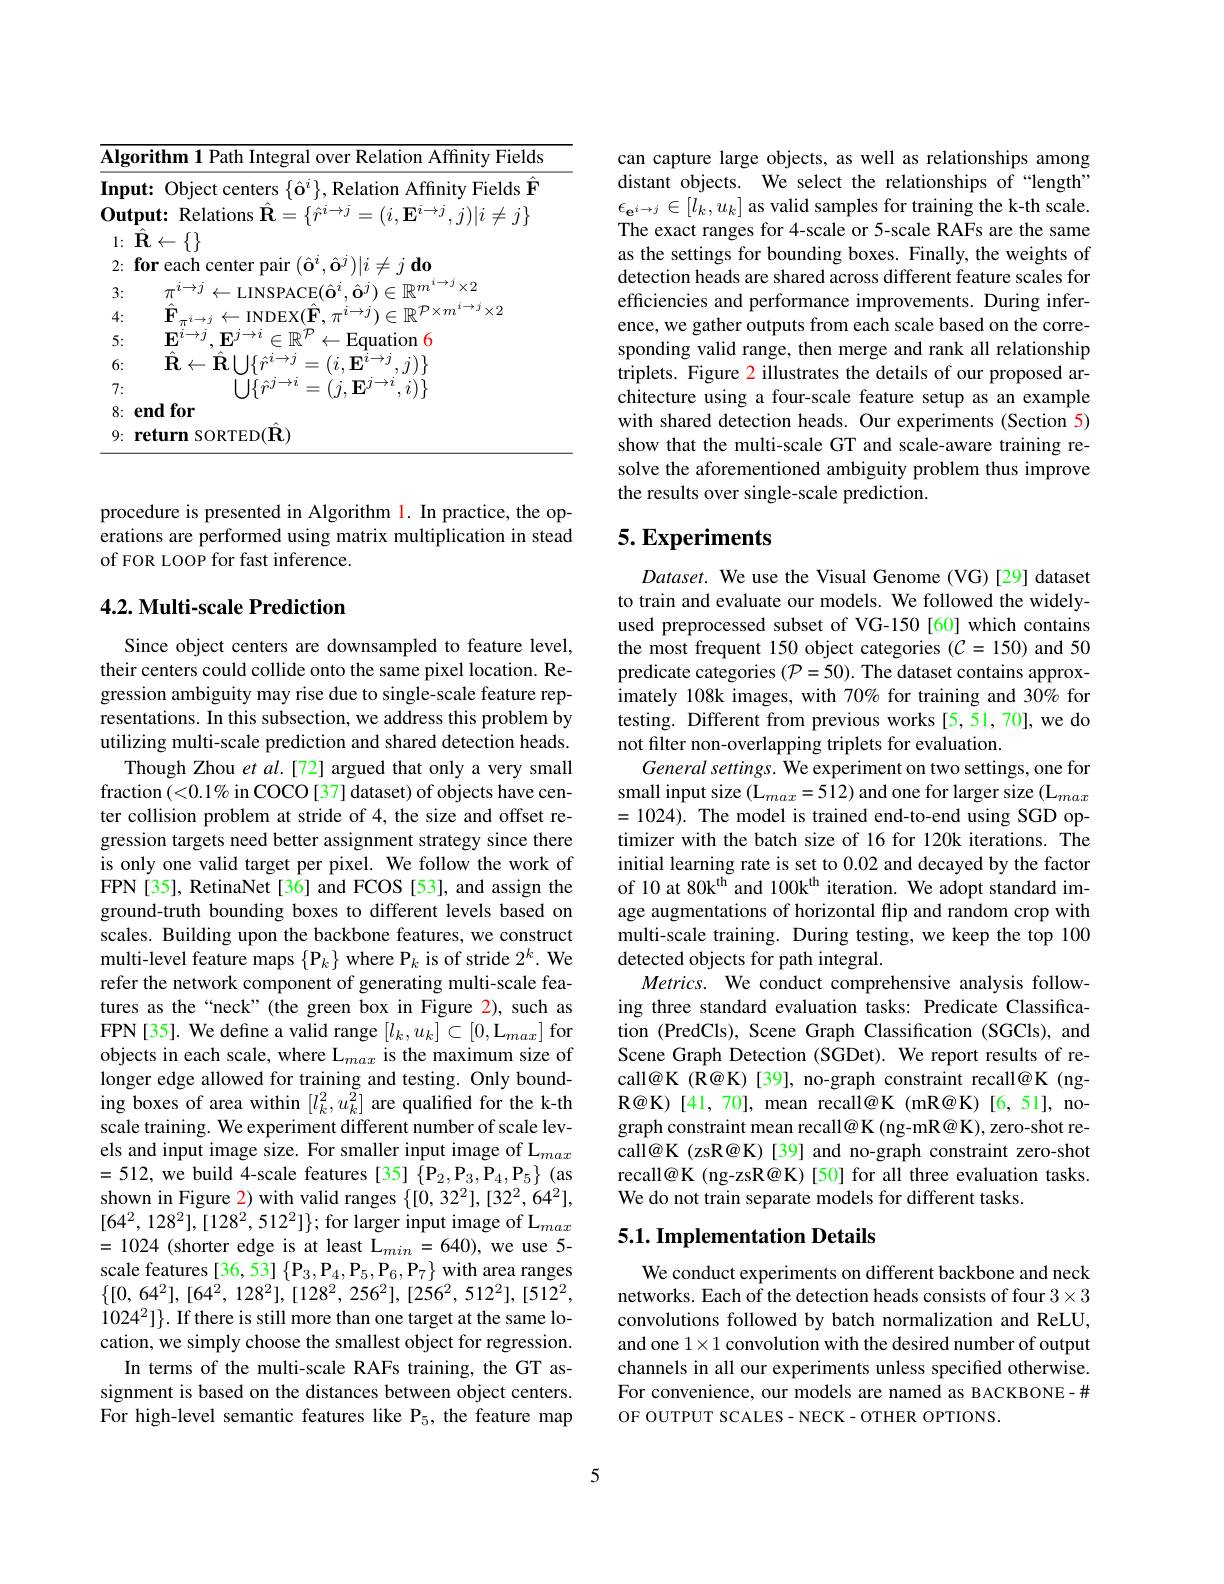
<table>
	<tbody>
		<tr>
			<td>$\overline{\mathbf{A}}$</td>
			<td>$\mathbf{ithm1PathIntegraloverRelationAffinityField}$</td>
		</tr>
		<tr>
			<td>$I_{1}$</td>
			<td>:Object centers 11 $\{ \hat{\mathbf{o} } ^{i}\} . \textbf{Relation Affinitv Fields F}$</td>
		</tr>
		<tr>
			<td>0 </td>
			<td>$\mathbf{ut:~Relations~\hat{R}=\{\hat{r}^{i\to j}=(i,\mathbf{E}^{i\to j},j)|i\neq j\}}$ $\{\leftarrow\{\}$</td>
		</tr>
		<tr>
			<td> </td>
			<td>Tr $\pi^{i\rightarrow j}$ $\leftarrow$LINSPACE$(\hat{\mathbf{O}}^i.\hat{\mathbf{o}}^j)\in\mathbb{R}^m^{i\to j}\times2$</td>
		</tr>
		<tr>
			<td> </td>
			<td>H IND</td>
		</tr>
		<tr>
			<td> </td>
			<td>$\mathbf{F}_{i}^{i\to j}$ $R.$ 2 $1R$ $\leftarrow$ Equation 16 =</td>
		</tr>
		<tr>
			<td> </td>
			<td>$\mathbf{R}\leftarrow\mathbf{R}|$ $,j)\}$</td>
		</tr>
		<tr>
			<td> </td>
			<td>$\left|\int_{\dot{\boldsymbol{r}}}\dot{\boldsymbol{r}}\right|$ $HJ$ $,i)\}$ $\eta$</td>
		</tr>
		<tr>
			<td> </td>
			<td>lfor md</td>
		</tr>
		<tr>
			<td> </td>
			<td>$\operatorname{SORTED}(\hat{\mathbf{R}})$ 1117</td>
		</tr>
	</tbody>
</table>

procedure is presented in Algorithm 1. In practice, the operations are performed using matrix multiplication in stead of FOR LOOP for fast inference.

## 4.2. Multi-scale Prediction

Since object centers are downsampled to feature level, their centers could collide onto the same pixel location. Regression ambiguity may rise due to single-scale feature representations. In this subsection, we address this problem by utilizing multi-scale prediction and shared detection heads.
Though Zhou et al.[72] argued that only a very small fraction $(<0.1\%$ in COCO [37] dataset) of objects have center collision problem at stride of 4, the size and offset regression targets need better assignment strategy since there is only one valid target per pixel. We follow the work of FPN [35], RetinaNet [36] and FCOS [53], and assign the ground-truth bounding boxes to different levels based on scales. Building upon the backbone features, we construct multi-level feature maps $\{\mathbf{P}_k\}$ where P$_k$ is of stride $2^k.$ We refer the network component of generating multi-scale features as the“neck”(the green box in Figure 2), such as FPN[35]. We define a valid range $[l_k,u_k]\subset[0,\mathrm{L}_{max}]$ for objects in each scale, where L$_max$ is the maximum size of longer edge allowed for training and testing. Only bounding boxes of area within $[l_k^2,u_k^2]$ are qualified for the k-th scale training. We experiment different number of scale levels and input image size. For smaller input image of L$_{max}$ =512, we build 4-scale features [35] $\{\mathbf{P}_{2},\mathbf{P}_{3},\mathbf{P}_{4},\mathbf{P}_{5}\}$ (as shown in Figure 2) with valid ranges $\{[0,32^2],[32^2,64^2]$, $[64^{2},128^{2}],[128^{2},512^{2}]\};$for larger input image of L$_max$ =1024 (shorter edge is at least L$_min=640)$, we use 5- scale features [36, 53] $\{\mathbf{P}_3,\mathbf{P}_4,\mathbf{P}_5,\mathbf{P}_6,\mathbf{P}_7\}$ with area ranges $\{ [ 0$, $64^{2}] $, $[ 64^{2}$, $128^{2}] $, $[ 128^{2}$, $256^{2}] $, $[ 256^{2}$, $512^{2}] $, $[ 512^{2}$, $1024^2]\}. If there is still more than one target at the same lo-$ cation, we simply choose the smallest object for regression.
In terms of the multi-scale RAFs training, the GT assignment is based on the distances between object centers. For high-level semantic features like P$_5$, the feature map

can capture large objects, as well as relationships among distant objects. We select the relationships of “length” $\epsilon_{\mathbf{e}^{i\rightarrow j}}\in[\tilde{l}_k,u_k]$ as valid samples for training the k-th scale. The exact ranges for 4-scale or 5-scale RAFs are the same as the settings for bounding boxes. Finally, the weights of detection heads are shared across different feature scales for efficiencies and performance improvements. During inference, we gather outputs from each scale based on the corresponding valid range, then merge and rank all relationship triplets. Figure 2 illustrates the details of our proposed architecture using a four-scale feature setup as an example with shared detection heads. Our experiments (Section 5) show that the multi-scale GT and scale-aware training resolve the aforementioned ambiguity problem thus improve the results over single-scale prediction.

# 5. Experiments

$Dataset.$ We use the Visual Genome (VG)[29] dataset to train and evaluate our models. We followed the widelyused preprocessed subset of VG-150[60] which contains the most frequent 150 object categories $(C=150)$ and 50 predicate categories $(\mathcal{P}=50).$ The dataset contains approximately 108k images, with 70% for training and 30% for testing. Different from previous works [5,51,70], we do not filter non-overlapping triplets for evaluation.
General settings. We experiment on two settings, one for small input size ( $L_{max}$= 512) and one for larger size ( $L_{max}$ =1024). The model is trained end-to-end using SGD optimizer with the batch size of 16 for 120k iterations. The initial learning rate is set to 0.02 and decayed by the factor of 10 at 80k$^\mathrm{th}$ and 100k$^\mathrm{th}$ iteration. We adopt standard image augmentations of horizontal flip and random crop with multi-scale training. During testing, we keep the top 100 detected objects for path integral.
Metrics. We conduct comprehensive analysis following three standard evaluation tasks: Predicate Classification (PredCls), Scene Graph Classification (SGCls), and Scene Graph Detection (SGDet). We report results of recall@K (R@K)[39], no-graph constraint recall@K (ngR@K)[41,70], mean recall@K(mR@K)[6,51], nograph constraint mean recall@K (ng-mR@K), zero-shot recall@K (zsR@K)[39] and no-graph constraint zero-shot recall@K (ng-zsR@K)[50] for all three evaluation tasks. We do not train separate models for different tasks.

## 5.1. Implementation Details

We conduct experiments on different backbone and neck networks. Each of the detection heads consists of four $3\times3$ convolutions followed by batch normalization and ReLU, and one $1\times1$ convolution with the desired number of output channels in all our experiments unless specified otherwise. For convenience, our models are named as BACKBONE-# OF OUTPUT SCALES-NECK-OTHER OPTIONS.

5